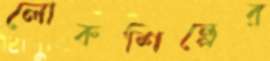
লোকশিল্পের